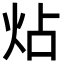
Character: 炶